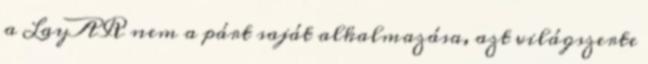
a LayAR nem a párt saját alkalmazása, azt világszerte